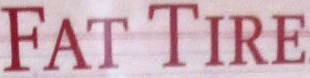
FAT TIRE